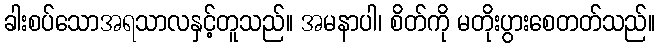
ခါးစပ်သောအရသာလနှင့်တူသည်။ အမနာပါ၊ စိတ်ကို မတိုးပွားစေတတ်သည်။